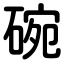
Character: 碗